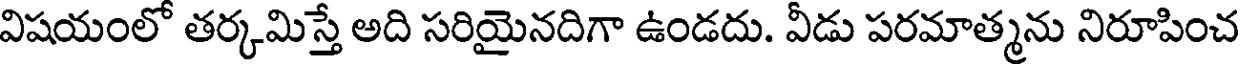
విషయంలో తర్కమిస్తే అది సరియైనదిగా ఉండదు. వీడు పరమాత్మను నిరూపించ